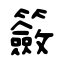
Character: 籢